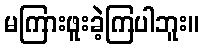
မကြားဖူးခဲ့ကြပါဘူး။